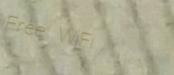
Free WiFi